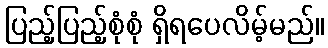
ပြည့်ပြည့်စုံစုံ ရှိရပေလိမ့်မည်။